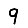
Digit: 9